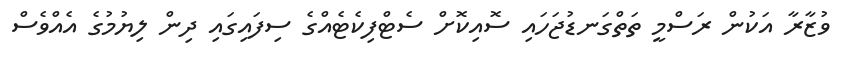
ވުޒާރާ އަކުން ރަސްމީ ތަތްގަނޑުޖަހައި ސޮއިކޮށް ސެޓްފިކެޓެއްގެ ސިފައިގައި ދިން ލިޔުމުގެ އެއްވެސް